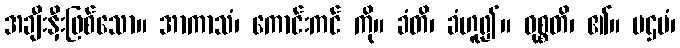
အချီးနှီးဖြစ်သော။ အာကာသံ၊ ကောင်းကင် ကို။ ခံတိ၊ ခံဟူ၍။ ဝုစ္စတိ၊ ၏။ ပဌမံ၊